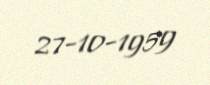
27-10-1959